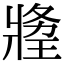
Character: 𤖍